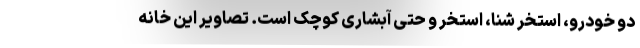
دو خودرو، استخر شنا، استخر و حتی آبشاری کوچک است. تصاویر این خانه